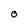
Character: O